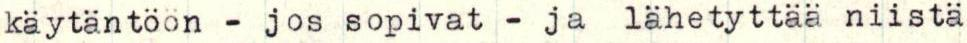
käytäntöön - jos sopivat - ja lähetyttää niistä